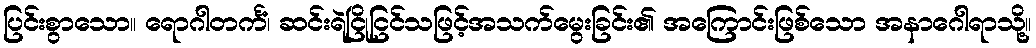
ပြင်းစွာသော။ ရောဂါတင်္ကံ၊ ဆင်းရဲငြိုငြင်သဖြင့်အသက်မွေးခြင်း၏ အကြောင်းဖြစ်သော အနာဂေါရာသို့။